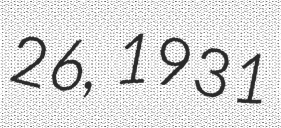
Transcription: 26, 1931